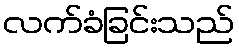
လက်ခံခြင်းသည်